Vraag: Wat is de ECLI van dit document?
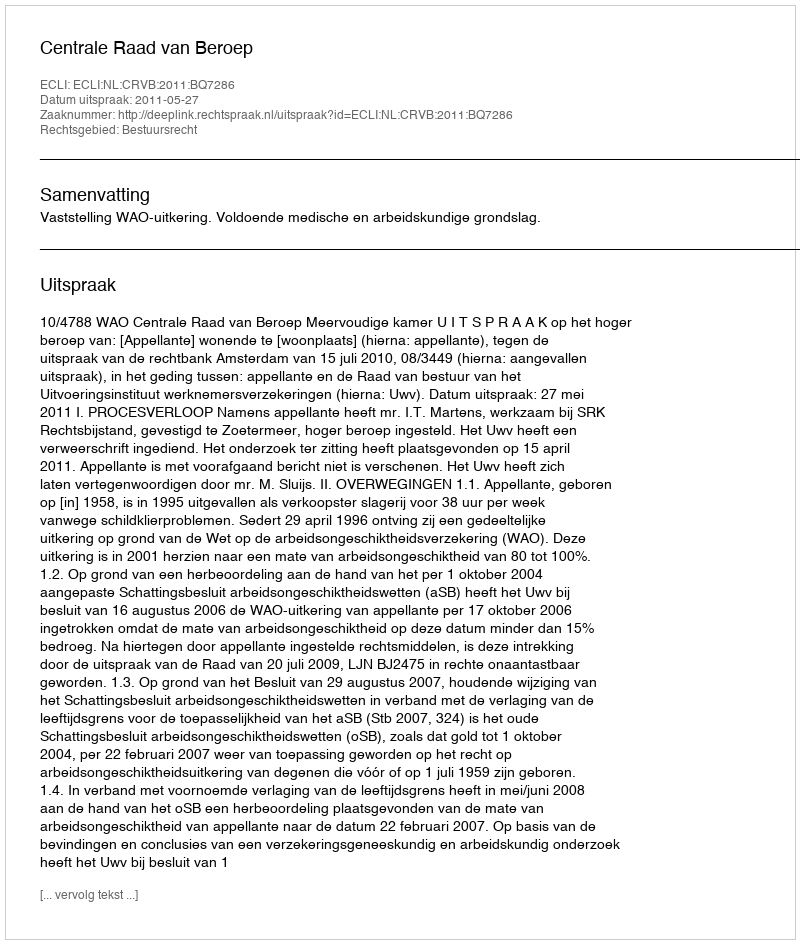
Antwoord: ECLI:NL:CRVB:2011:BQ7286